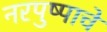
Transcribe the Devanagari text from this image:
नरपुष्पाचे